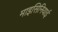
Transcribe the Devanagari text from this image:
माइसिनियाई